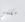
مكتبي